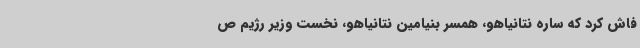
فاش کرد که ساره نتانیاهو، همسر بنیامین نتانیاهو، نخست وزیر رژیم ص